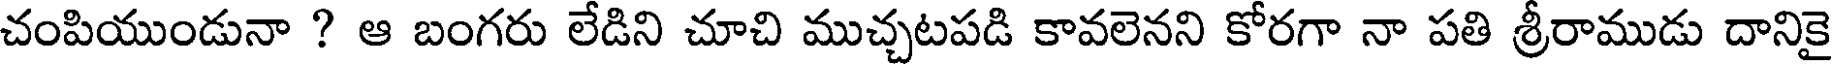
చంపియుండునా ? ఆ బంగరు లేడిని చూచి ముచ్చటపడి కావలెనని కోరగా నా పతి శ్రీరాముడు దానికై